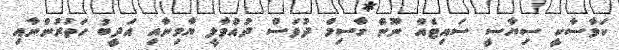
ކަވާސާކީ ސިޔާސީ ސައިޓެއް ނޫން ގާސިމް ދުވަސް ދުއްވާލީ ޔާމިނާއި އަދީބު ހަތުރުންނާއި